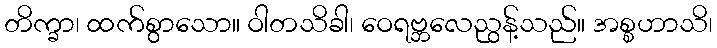
တိက္ခာ၊ ထက်စွာသော။ ဝါတသိခါ၊ ဝေရဗ္ဘလေညွန့်သည်။ အစ္စဟာသိ၊